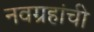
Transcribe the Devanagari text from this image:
नवग्रहांची